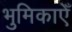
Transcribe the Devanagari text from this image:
भुमिकाएँ